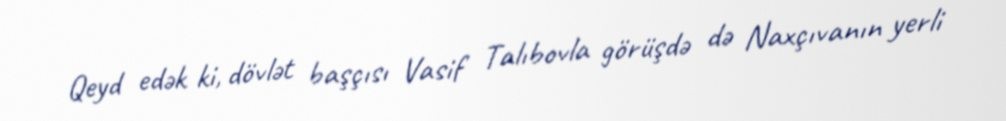
Qeyd edək ki, dövlət başçısı Vasif Talıbovla görüşdə də Naxçıvanın yerli